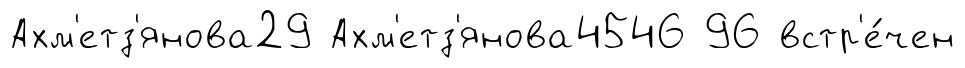
Ахм'етз'янова29 Ахм'етз'янова4546 96 встр'е́чен